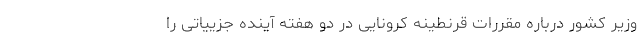
وزیر کشور درباره مقررات قرنطینه کرونایی در دو هفته آینده جزییاتی را